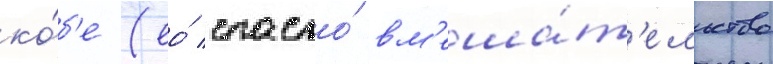
ко́б'е (ео́ спасло́ вм'еша́т'ельство